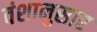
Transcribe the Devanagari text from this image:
वंशानुसार